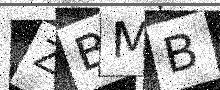
Text: ZBMB